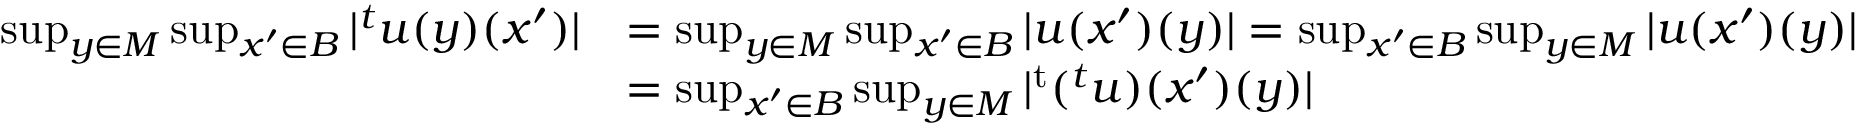
\begin{array} { r l } { \operatorname* { s u p } _ { y \in M } \operatorname* { s u p } _ { x ^ { \prime } \in B } | { ^ { t } u } ( y ) ( x ^ { \prime } ) | } & { = \operatorname* { s u p } _ { y \in M } \operatorname* { s u p } _ { x ^ { \prime } \in B } | u ( x ^ { \prime } ) ( y ) | = \operatorname* { s u p } _ { x ^ { \prime } \in B } \operatorname* { s u p } _ { y \in M } | u ( x ^ { \prime } ) ( y ) | } \\ & { = \operatorname* { s u p } _ { x ^ { \prime } \in B } \operatorname* { s u p } _ { y \in M } | { ^ { \mathrm { t } } ( { ^ { t } u } ) } ( x ^ { \prime } ) ( y ) | } \end{array}